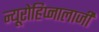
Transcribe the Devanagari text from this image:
न्यूरोहिप्नालाजी